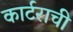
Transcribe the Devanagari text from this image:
कार्टराची